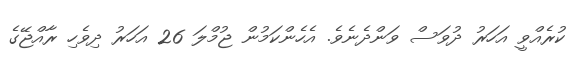
ކުރެއްވީ އަހަރު ދުވަސް ވަންދެނެވެ. އެހެންކަމުން ޖުމްލަ 26 އަހަރު ދިވެހި ރާއްޖޭގެ